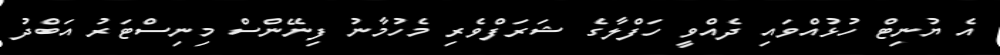
އެ ޔުނިޓް ހުޅުއްވައި ދެއްވީ ހަފްލާގެ ޝަރަފްވެރި މެހުމާނު ފިނޭންސް މިނިސްޓަރު އަބްދު